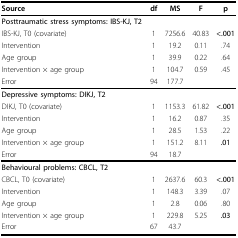
<table><thead><tr><td><b>Source</b></td><td><b>df</b></td><td><b>MS</b></td><td><b>F</b></td><td><b>p</b></td></tr></thead><tbody><tr><td><b>Posttraumatic stress symptoms: IBS-KJ, T2</b></td><td></td><td></td><td></td><td></td></tr><tr><td>IBS-KJ, T0 (covariate)</td><td>1</td><td>7256.6</td><td>40.83</td><td><b>&lt;.001</b></td></tr><tr><td>Intervention</td><td>1</td><td>19.2</td><td>0.11</td><td>.74</td></tr><tr><td>Age group</td><td>1</td><td>39.9</td><td>0.22</td><td>.64</td></tr><tr><td>Intervention × age group</td><td>1</td><td>104.7</td><td>0.59</td><td>.45</td></tr><tr><td>Error</td><td>94</td><td>177.7</td><td></td><td></td></tr><tr><td><b>Depressive symptoms: DIKJ, T2</b></td><td></td><td></td><td></td><td></td></tr><tr><td>DIKJ, T0 (covariate)</td><td>1</td><td>1153.3</td><td>61.82</td><td><b>&lt;.001</b></td></tr><tr><td>Intervention</td><td>1</td><td>16.2</td><td>0.87</td><td>.35</td></tr><tr><td>Age group</td><td>1</td><td>28.5</td><td>1.53</td><td>.22</td></tr><tr><td>Intervention × age group</td><td>1</td><td>151.2</td><td>8.11</td><td><b>.01</b></td></tr><tr><td>Error</td><td>94</td><td>18.7</td><td></td><td></td></tr><tr><td><b>Behavioural problems: CBCL, T2</b></td><td></td><td></td><td></td><td></td></tr><tr><td>CBCL, T0 (covariate)</td><td>1</td><td>2637.6</td><td>60.3</td><td><b>&lt;.001</b></td></tr><tr><td>Intervention</td><td>1</td><td>148.3</td><td>3.39</td><td>.07</td></tr><tr><td>Age group</td><td>1</td><td>2.8</td><td>0.06</td><td>.80</td></tr><tr><td>Intervention × age group</td><td>1</td><td>229.8</td><td>5.25</td><td><b>.03</b></td></tr><tr><td>Error</td><td>67</td><td>43.7</td><td></td><td></td></tr></tbody></table>